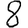
Digit: 8